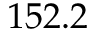
1 5 2 . 2